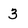
Character: 3